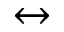
\leftrightarrow